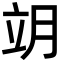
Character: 𦚎